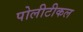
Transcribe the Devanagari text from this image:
पोलीटीकल